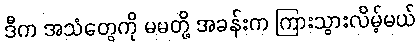
ဒီက အသံတွေကို မမတို့ အခန်းက ကြားသွားလိမ့်မယ်